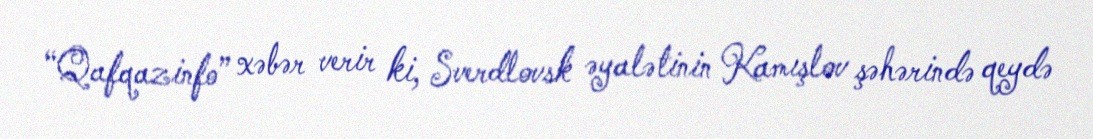
“Qafqazinfo” xəbər verir ki, Sverdlovsk əyalətinin Kamışlov şəhərində qeydə